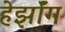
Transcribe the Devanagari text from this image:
हेर्झॉग